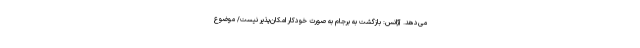
می‌دهد. آژانس: بازگشت به برجام به صورت خودکار امکان‌پذیر نیست/ موضوع